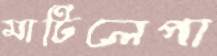
মাটিলেপা